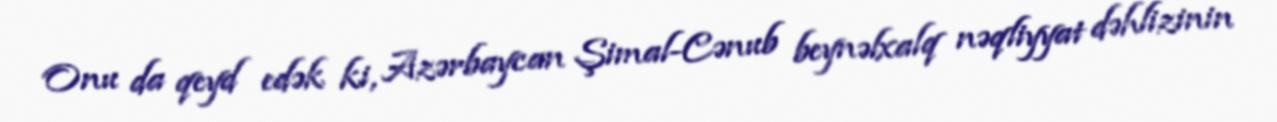
Onu da qeyd edək ki, Azərbaycan Şimal-Cənub beynəlxalq nəqliyyat dəhlizinin